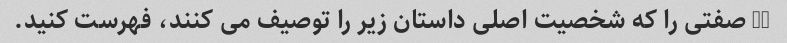
10 صفتی را که شخصیت اصلی داستان زیر را توصیف می کنند، فهرست کنید.